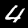
Digit: 4